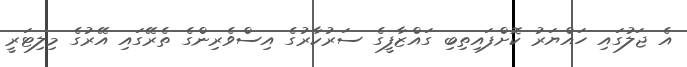
އެ ޖަލުގައި ހައްޔަރު ކޮށްފައިތިބި ގައްޒާފީގެ ސަރުކާރުގެ އިސްވެރިންގެ ތެރޭގައި އޭރުގެ މިލިޓަރީ